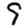
Digit: 9